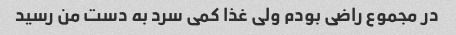
در مجموع راضی بودم ولی غذا کمی سرد به دست من رسید